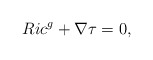
\begin{align*} Ric^g+\nabla \tau =0, \end{align*}